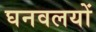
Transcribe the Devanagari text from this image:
घनवलयों